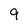
Character: 9